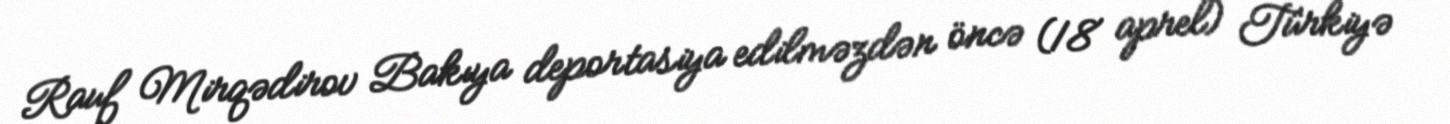
Rauf Mirqədirov Bakıya deportasiya edilməzdən öncə (18 aprel) Türkiyə